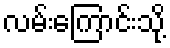
လမ်းကြောင်းသို့